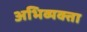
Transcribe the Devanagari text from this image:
अभिव्यक्ता